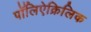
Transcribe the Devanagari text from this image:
पॉलिऐक्रिलिक